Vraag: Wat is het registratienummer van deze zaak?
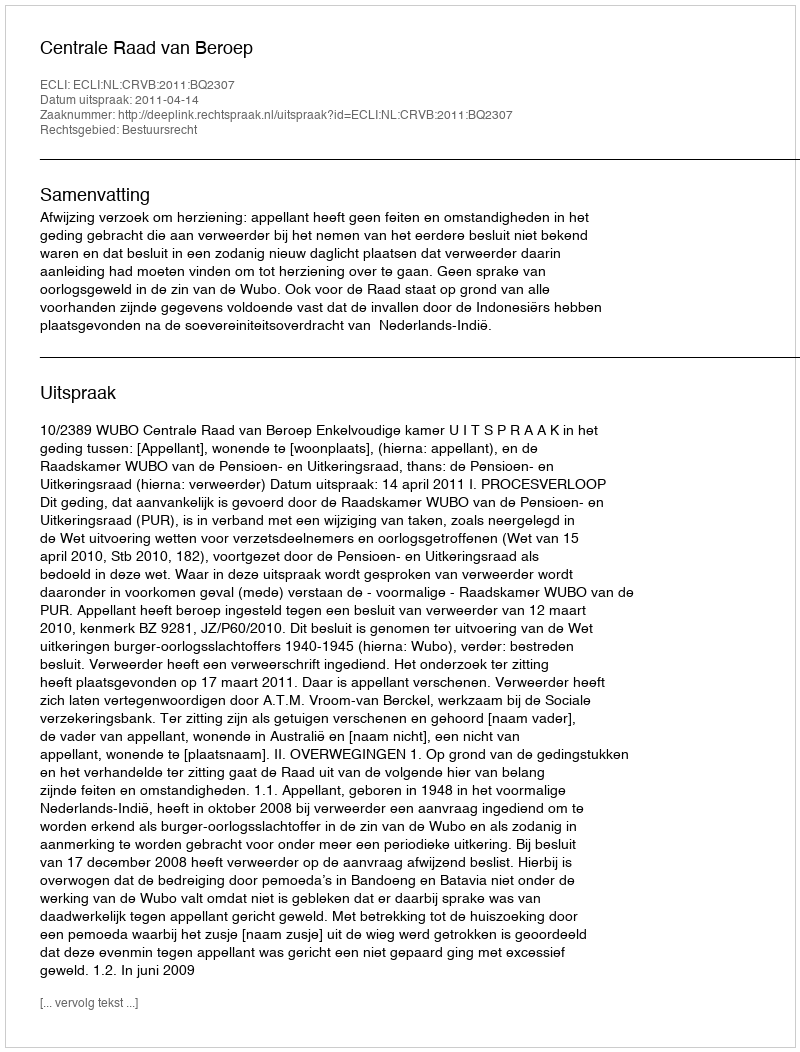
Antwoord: http://deeplink.rechtspraak.nl/uitspraak?id=ECLI:NL:CRVB:2011:BQ2307